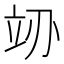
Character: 𬔚